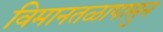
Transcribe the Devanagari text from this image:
विमानतळापासुन